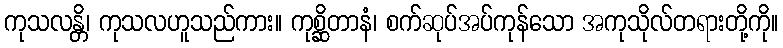
ကုသလန္တိ၊ ကုသလဟူသည်ကား။ ကုစ္ဆိတာနံ၊ စက်ဆုပ်အပ်ကုန်သော အကုသိုလ်တရားတို့ကို။